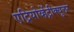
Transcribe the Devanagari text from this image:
एट्रियोव्हेंट्रीक्युलर